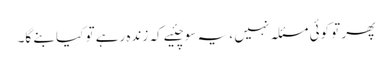
پھر تو کوئی مسئلہ نہیں ، یہ سوچئیے کہ زندہ رہے تو کیا بنے گا۔